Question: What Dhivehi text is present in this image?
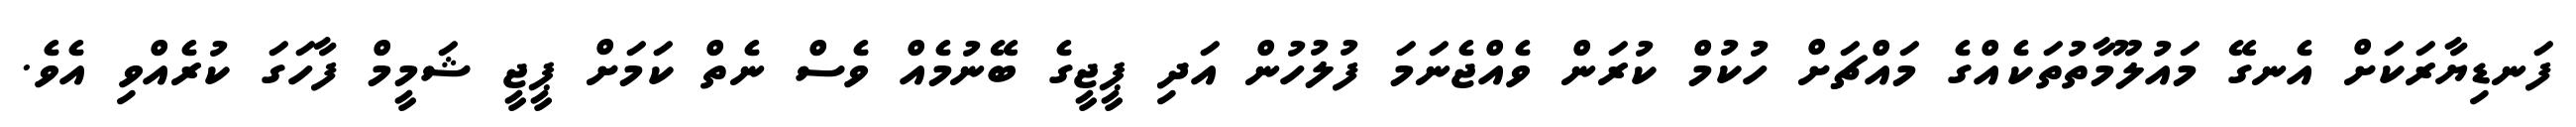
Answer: ފަނޑިޔާރަކަށް އެނގޭ މައުލޫމާތުތަކެއްގެ މައްޗަށް ހުކުމް ކުރަން ވެއްޖެނަމަ ފުލުހުން އަދި ޕީޖީގެ ބޭނުމެއް ވެސް ނެތް ކަމަށް ޕީޖީ ޝަމީމް ފާހަގަ ކުރެއްވި އެވެ.